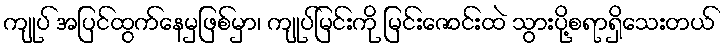
ကျုပ် အပြင်ထွက်နေမှဖြစ်မှာ၊ ကျုပ်မြင်းကို မြင်းဇောင်းထဲ သွားပို့စရာရှိသေးတယ်